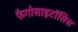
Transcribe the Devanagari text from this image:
फैगोसाइटॉसिस